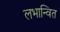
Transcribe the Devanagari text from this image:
लभान्वित